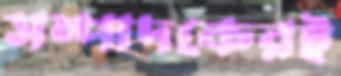
সম্পাদকেরই